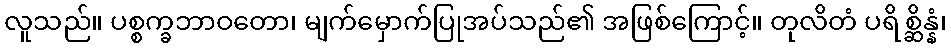
လူသည်။ ပစ္စက္ခဘာဝတော၊ မျက်မှောက်ပြုအပ်သည်၏ အဖြစ်ကြောင့်။ တုလိတံ ပရိစ္ဆိန္နံ၊